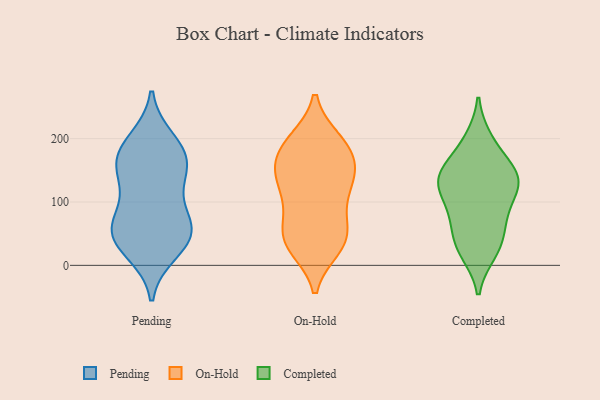
{"axis": {"x": "Latency (ms)", "y": "Value"}, "legend": ["Completed", "On-Hold", "Pending"], "data": [{"x": "", "y": 159, "type": "Pending"}, {"x": "", "y": 118, "type": "Pending"}, {"x": "", "y": 184, "type": "Pending"}, {"x": "", "y": 35, "type": "Pending"}, {"x": "", "y": 45, "type": "Pending"}, {"x": "", "y": 56, "type": "Pending"}, {"x": "", "y": 159, "type": "Pending"}, {"x": "", "y": 141, "type": "Pending"}, {"x": "", "y": 64, "type": "Pending"}, {"x": "", "y": 55, "type": "Pending"}, {"x": "", "y": 175, "type": "Pending"}, {"x": "", "y": 22, "type": "Pending"}, {"x": "", "y": 74, "type": "Pending"}, {"x": "", "y": 197, "type": "Pending"}, {"x": "", "y": 44, "type": "On-Hold"}, {"x": "", "y": 196, "type": "On-Hold"}, {"x": "", "y": 191, "type": "On-Hold"}, {"x": "", "y": 35, "type": "On-Hold"}, {"x": "", "y": 146, "type": "On-Hold"}, {"x": "", "y": 102, "type": "On-Hold"}, {"x": "", "y": 28, "type": "On-Hold"}, {"x": "", "y": 162, "type": "On-Hold"}, {"x": "", "y": 161, "type": "On-Hold"}, {"x": "", "y": 40, "type": "On-Hold"}, {"x": "", "y": 32, "type": "On-Hold"}, {"x": "", "y": 197, "type": "On-Hold"}, {"x": "", "y": 70, "type": "On-Hold"}, {"x": "", "y": 187, "type": "On-Hold"}, {"x": "", "y": 152, "type": "On-Hold"}, {"x": "", "y": 126, "type": "On-Hold"}, {"x": "", "y": 132, "type": "On-Hold"}, {"x": "", "y": 116, "type": "On-Hold"}, {"x": "", "y": 68, "type": "On-Hold"}, {"x": "", "y": 22, "type": "Completed"}, {"x": "", "y": 59, "type": "Completed"}, {"x": "", "y": 20, "type": "Completed"}, {"x": "", "y": 79, "type": "Completed"}, {"x": "", "y": 31, "type": "Completed"}, {"x": "", "y": 133, "type": "Completed"}, {"x": "", "y": 160, "type": "Completed"}, {"x": "", "y": 142, "type": "Completed"}, {"x": "", "y": 103, "type": "Completed"}, {"x": "", "y": 89, "type": "Completed"}, {"x": "", "y": 140, "type": "Completed"}, {"x": "", "y": 51, "type": "Completed"}, {"x": "", "y": 113, "type": "Completed"}, {"x": "", "y": 141, "type": "Completed"}, {"x": "", "y": 199, "type": "Completed"}, {"x": "", "y": 135, "type": "Completed"}, {"x": "", "y": 140, "type": "Completed"}, {"x": "", "y": 194, "type": "Completed"}]}